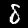
Digit: 8